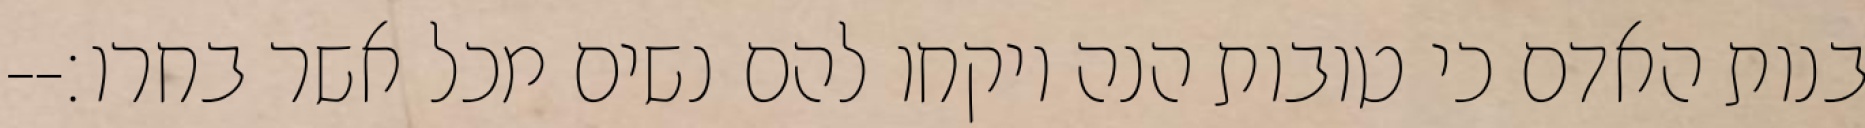
בנות האדם כי טובות הנה ויקחו להם נשים מכל אשר בחרו׃--